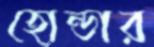
হোন্ডার